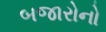
બજારોનો